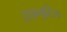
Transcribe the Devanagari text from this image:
ट्राइब्युटिल